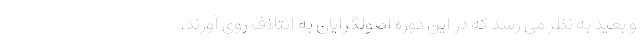
و بعید به نظر می رسد که در این دوره اصولگرایان به ائتلاف روی آورند.